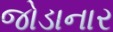
જોડાનાર